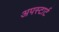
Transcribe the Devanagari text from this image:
अपस्टार्ट